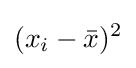
(x_{i}-{\bar {x}})^{2}